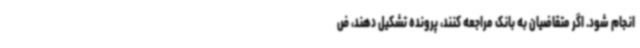
انجام شود. اگر متقاضیان به بانک مراجعه کنند، پرونده تشکیل دهند، ض